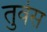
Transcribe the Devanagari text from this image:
तुर्वस